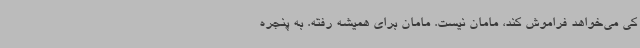
کی می‌خواهد فراموش کند، مامان نیست. مامان برای همیشه رفته. به پنجره